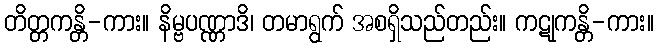
တိတ္တကန္တိ-ကား။ နိမ္ဗပဏ္ဏာဒိ၊ တမာရွက် အစရှိသည်တည်း။ ကဋုကန္တိ-ကား။